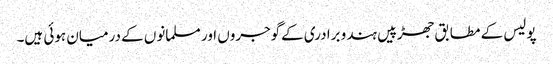
پولیس کے مطابق جھڑپیں ہندو برادری کےگوجروں اور مسلمانوں کے درمیان ہوئی ہیں۔